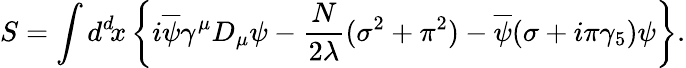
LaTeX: S=\int d^{d}\! x\left\{ i\overline{{{\psi}}}\gamma^{\mu}D_{\mu}\psi-{\frac{N}{2\lambda}}(\sigma^{2}+\pi^{2})-\overline{{{\psi}}}(\sigma+i\pi\gamma_{5})\psi\right\} .